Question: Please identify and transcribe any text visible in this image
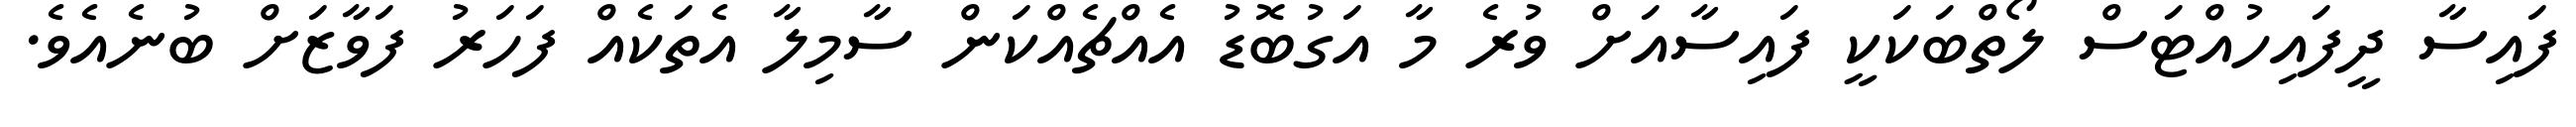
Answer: ފައިސާ ދީފައިހުއްޓަސް ލޯތްބަކަކީ ފައިސާއަށް ވުރެ މާ އަގުބޮޑު އެއްޗެއްކަން ސާމިލާ އެތަކެއް ފަހަރު ފަވާޒަށް ބުނެއެވެ.